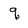
Character: q